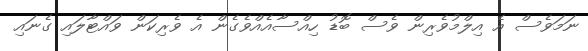
ނަމަވެސް އެ އިލްމުވެރިން ވެސް ބޮޑު ހިއްސާއެއްވެގެން އެ ވެރިކަން ވައްޓާލައި ގެނައި